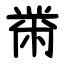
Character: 黹